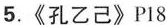
5.《孔乙己》P18